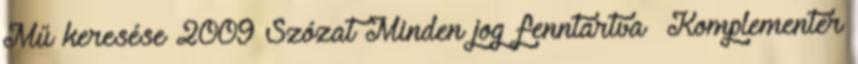
Mű keresése 2009 Szózat Minden jog fenntartva Komplementer